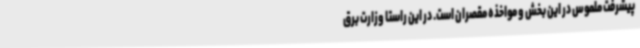
پیشرفت ملموس در این بخش و مواخذه مقصران است. در این راستا وزارت برق